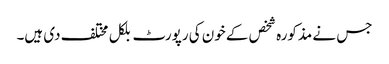
جس نے مذکورہ شخص کے خون کی رپورٹ بلکل مختلف دی ہیں۔